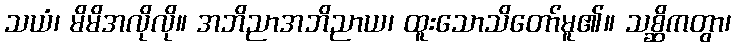
သယံ၊ မိမိအလိုလို။ အဘိညာအဘိညာယ၊ ထူးသောသိတော်မူ၏။ သစ္ဆိကတွာ၊